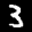
Label: 3